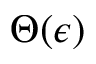
\Theta ( \epsilon )